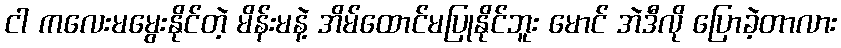
ငါ ကလေးမမွေးနိုင်တဲ့ မိန်းမနဲ့ အိမ်ထောင်မပြုနိုင်ဘူး မောင် အဲဒီလို ပြောခဲ့တာလား